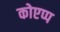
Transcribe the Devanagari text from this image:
कोएप्प